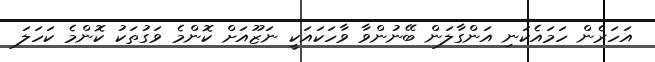
އަހަރެން ހަމައެކަނި އަންގާލަން ބޭނުންވާ ވާހަކައަކީ ނަޒޫއަށް ކޮންމެ ވަގުތަކު ކޮންމެ ކަހަލަ